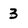
Character: 3